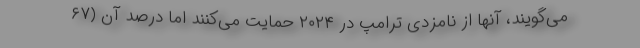
می‌گویند، آنها از نامزدی ترامپ در ۲۰۲۴ حمایت می‌کنند اما درصد آن (۶۷